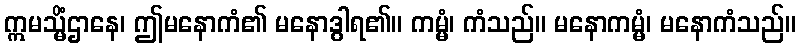
ဣမသ္မိံဌာနေ၊ ဤမနောကံ၏ မနောဒွါရ၏။ ကမ္မံ၊ ကံသည်။ မနောကမ္မံ၊ မနောကံသည်။